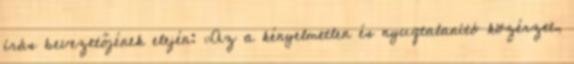
írás bevezetőjének elején: „Az a kényelmetlen és nyugtalanító közérzet,